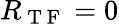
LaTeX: R_{\mathrm{~T~F~}}=0